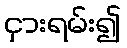
ငှားရမ်း၍